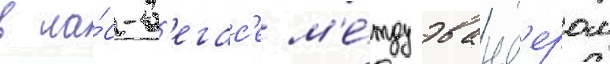
в ла́с-в'егас'е м'е́жду эванд'ером